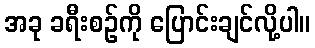
အခု ခရီးစဉ်ကို ပြောင်းချင်လို့ပါ။